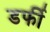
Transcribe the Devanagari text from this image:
डर्फी